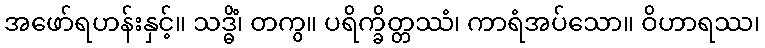
အဖော်ရဟန်းနှင့်။ သဒ္ဓိံ၊ တကွ။ ပရိက္ခိတ္တဿံ၊ ကာရံအပ်သော။ ဝိဟာရဿ၊